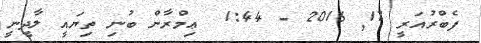
ފެބްރުއަރީ 17